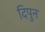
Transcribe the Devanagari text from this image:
दिपुन